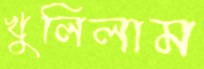
খুলিলাম